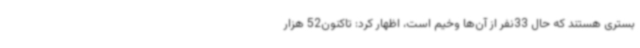
بستری هستند که حال 33نفر از آن‌ها وخیم است، اظهار کرد: تاکنون52 هزار